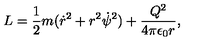
L = { \frac { 1 } { 2 } } m ( { \dot { r } } ^ { 2 } + r ^ { 2 } { \dot { \psi } } ^ { 2 } ) + { \frac { Q ^ { 2 } } { 4 \pi \epsilon _ { 0 } r } } ,